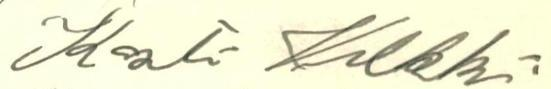
Kosti Vilkki